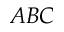
A B C